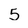
Character: 5